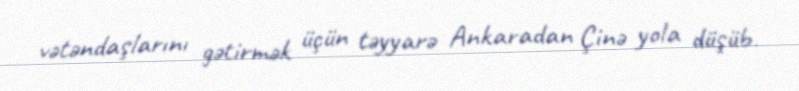
vətəndaşlarını gətirmək üçün təyyarə Ankaradan Çinə yola düşüb.